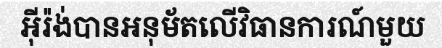
អ៊ីរ៉ង់បានអនុម័តលើវិធានការណ៍មួយ